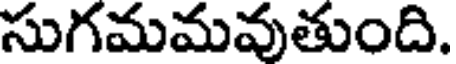
సుగమమవుతుంది.